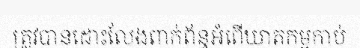
ត្រូវបានដោះលែងពាក់ព័ន្ធអំពើឃាតកម្មកាប់